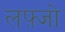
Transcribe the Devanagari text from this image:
लफ़्जो